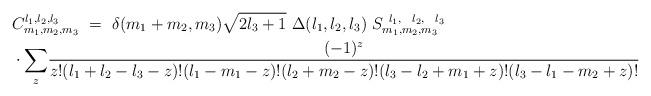
LaTeX: \begin{align*}& C_{m_{1},m_{2},m_{3}}^{l_{1},l_{2},l_{3}}\ =\ \delta(m_{1}+m_{2},m_{3})\sqrt{2l_{3}+1}\ \Delta(l_{1},l_{2},l_{3})\ S_{m_{1},m_{2},m_{3}}^{\ l_{1},\ \ l_{2},\ \ l_{3}}\\& \cdot\displaystyle{\sum_{z}}\frac{(-1)^{z}}{z!(l_{1}+l_{2}-l_{3}-z)!(l_{1}-m_{1}-z)!(l_{2}+m_{2}-z)!(l_{3}-l_{2}+m_{1}+z)!(l_{3}-l_{1}-m_{2}+z)!}\end{align*}